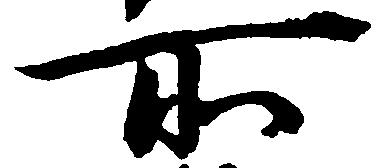
所